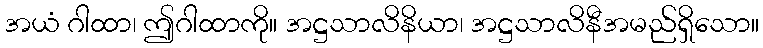
အယံ ဂါထာ၊ ဤဂါထာကို။ အဋ္ဌသာလိနိယာ၊ အဋ္ဌသာလိနီအမည်ရှိသော။